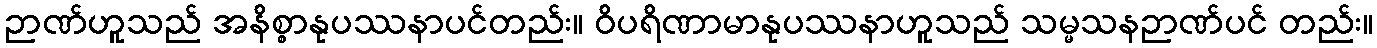
ဉာဏ်ဟူသည် အနိစ္စာနုပဿနာပင်တည်း။ ဝိပရိဏာမာနုပဿနာဟူသည် သမ္မသနဉာဏ်ပင် တည်း။